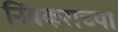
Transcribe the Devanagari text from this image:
निंबकराच्या